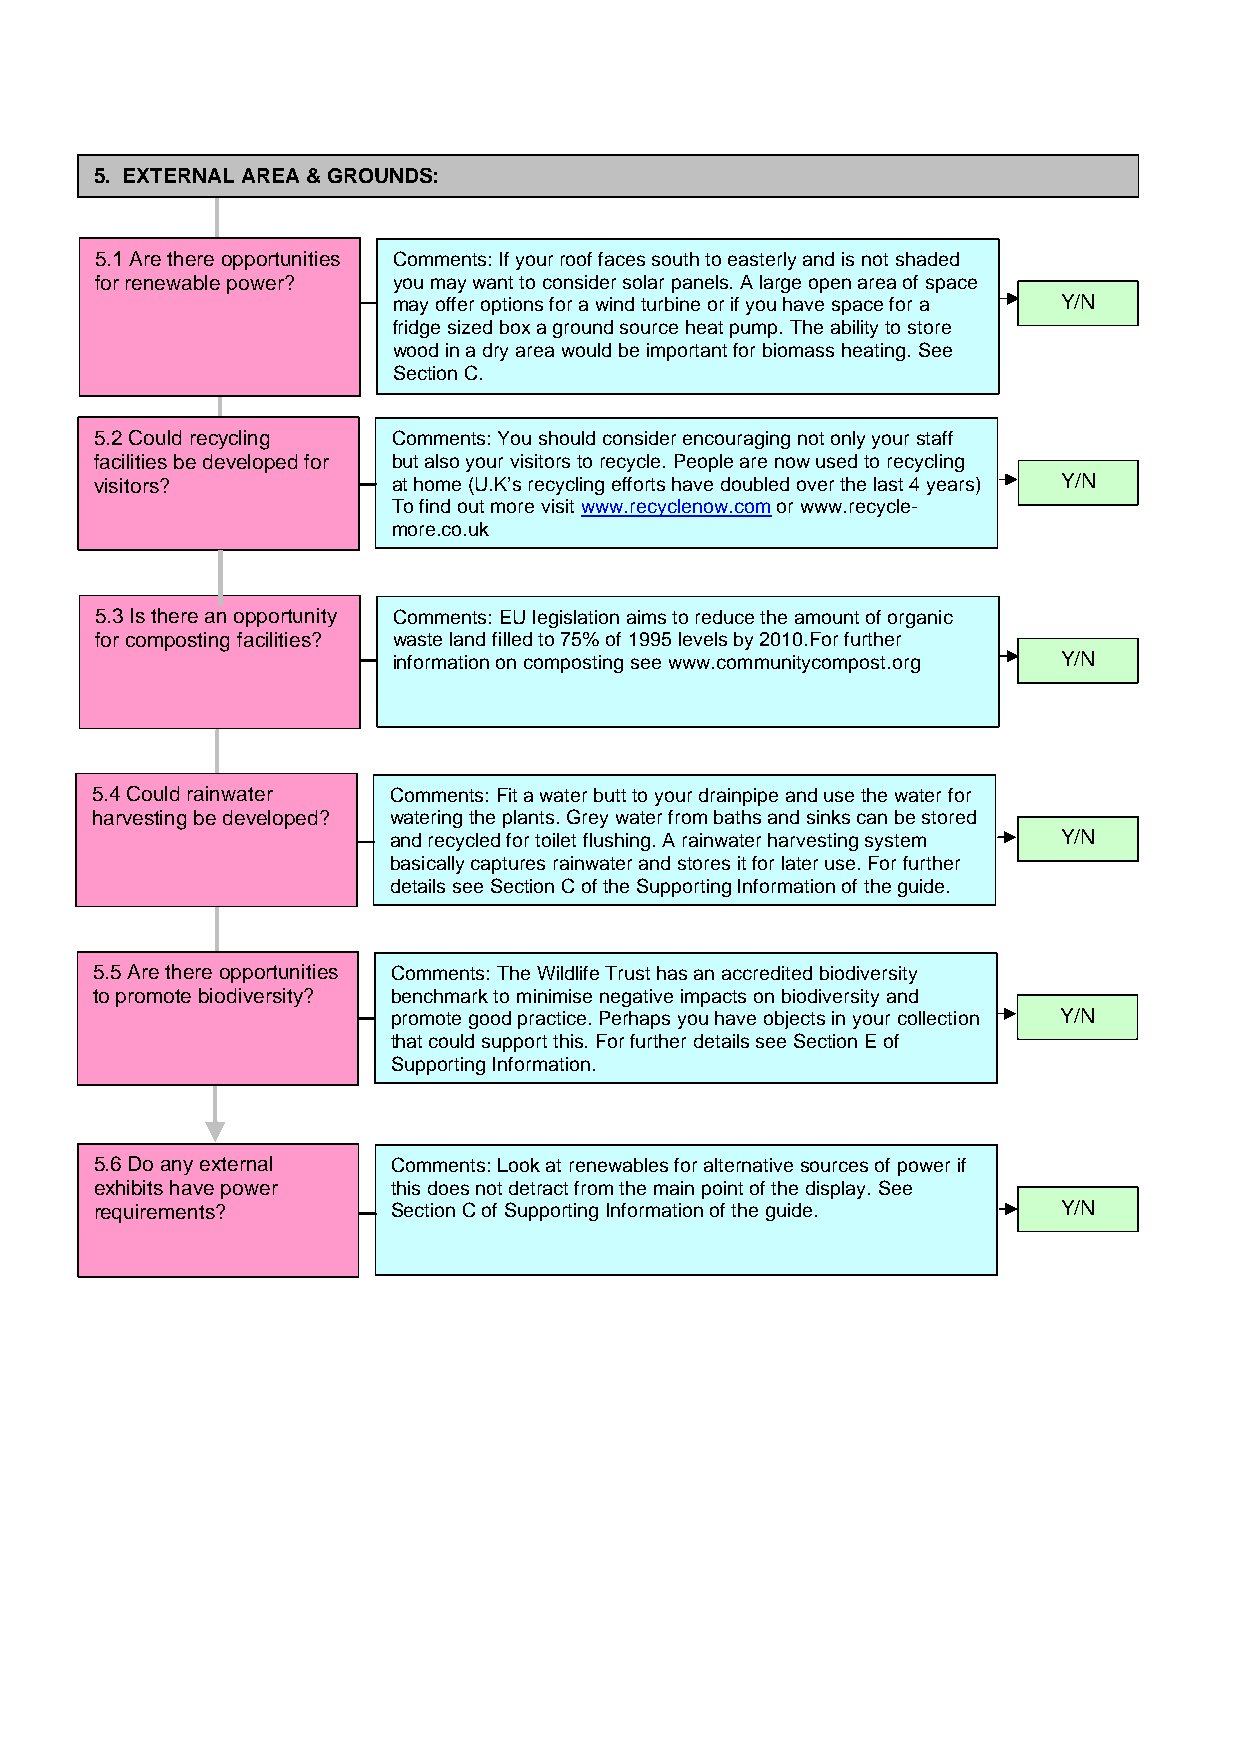
5. EXTERNAL AREA & GROUNDS:
 5.1 Are there opportunities Comments: If your roof faces south to easterly and is not shaded
 for renewable power? you may want to consider solar panels. A large open area of space
 may offer options for a wind turbine or if you have space for a Y/N
 fridge sized box a ground source heat pump. The ability to store
 wood in a dry area would be important for biomass heating. See
 Section C.
 5.2 Could recycling Comments: You should consider encouraging not only your staff
 facilities be developed for but also your visitors to recycle. People are now used to recycling
 visitors?           at home (U.K’s recycling efforts have doubled over the last 4 years) Y/N
 To find out more visit www.recyclenow.com or www.recycle-
 more.co.uk
 5.3 Is there an opportunity Comments: EU legislation aims to reduce the amount of organic
 for composting facilities? waste land filled to 75% of 1995 levels by 2010.For further
 information on composting see www.communitycompost.org Y/N
 5.4 Could rainwater Comments: Fit a water butt to your drainpipe and use the water for
 harvesting be developed? watering the plants. Grey water from baths and sinks can be stored
 and recycled for toilet flushing. A rainwater harvesting system Y/N
 basically captures rainwater and stores it for later use. For further
 details see Section C of the Supporting Information of the guide.
 5.5 Are there opportunities Comments: The Wildlife Trust has an accredited biodiversity
 to promote biodiversity? benchmark to minimise negative impacts on biodiversity and
 promote good practice. Perhaps you have objects in your collection Y/N
 that could support this. For further details see Section E of
 Supporting Information.
 5.6 Do any external Comments: Look at renewables for alternative sources of power if
 exhibits have power this does not detract from the main point of the display. See
 requirements?       Section C of Supporting Information of the guide. Y/N